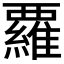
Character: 𮗈